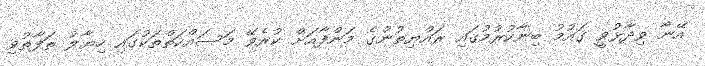
އޭނާ ވިދާޅުވީ ގައުމު ބިނާކުރުމުގައި ރައްޔިތުންގެ މަންފާއަށް ކުރެވޭ މަސައްކަތްތަކުގައި ހިޔާލު ތަފާތުވި